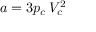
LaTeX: a = 3 p _ { c } \, V _ { c } ^ { 2 }